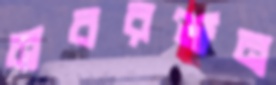
নবরঞ্জন